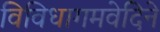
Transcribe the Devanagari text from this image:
विविधागमवेदिने